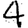
Digit: 4